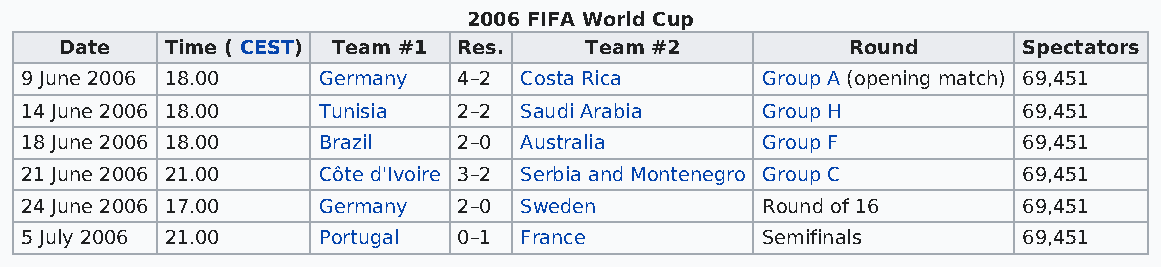
2006 FIFA World Cup
 Date   Time ( CEST) Team #1 Res.   Team #2          Round       Spectators
 9 June 2006 18.00   Germany  4–2 Costa Rica      Group A (opening match) 69,451
 14 June 2006 18.00  Tunisia  2–2 Saudi Arabia    Group H           69,451
 18 June 2006 18.00  Brazil   2–0 Australia       Group F           69,451
 21 June 2006 21.00  Côte d'Ivoire 3–2 Serbia and Montenegro Group C 69,451
 24 June 2006 17.00  Germany  2–0 Sweden          Round of 16       69,451
 5 July 2006 21.00   Portugal 0–1 France          Semifinals        69,451